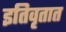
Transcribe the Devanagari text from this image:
इतिवृतात